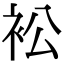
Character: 衳